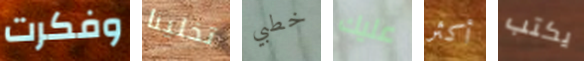
وفكرت تخلينا خطبي عليك أكثر يكتب